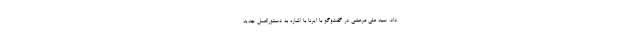
داد. سید علی مرعشی در گفت‌وگو با ایرنا با اشاره به دستورالعمل جدید